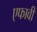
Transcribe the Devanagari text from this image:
एफावी